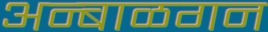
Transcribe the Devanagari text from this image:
अन्बाळगन